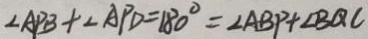
\angle A P B + \angle A P D = 1 8 0 ^ { \circ } = \angle A B P + \angle B Q C